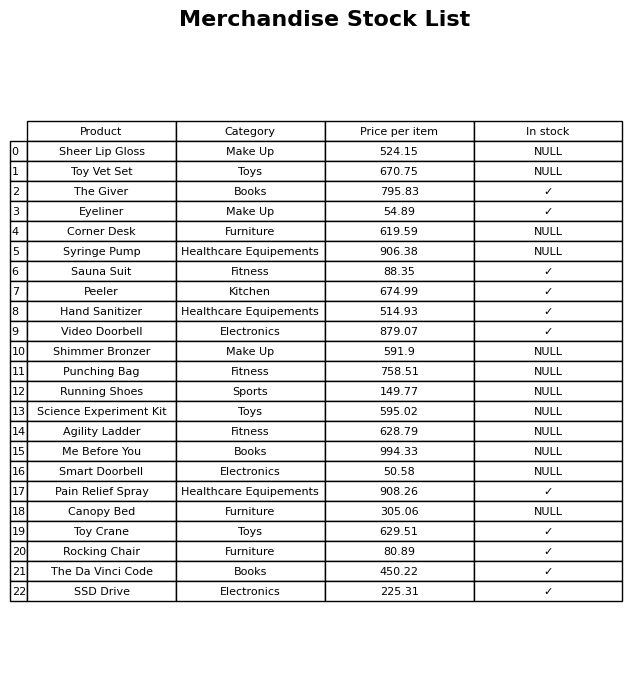
question: Which products are currently out of stock?
answer: Sheer Lip Gloss, Toy Vet Set, Corner Desk, Syringe Pump, Shimmer Bronzer, Punching Bag, Running Shoes, Science Experiment Kit, Agility Ladder, Me Before You, Smart Doorbell, Canopy Bed